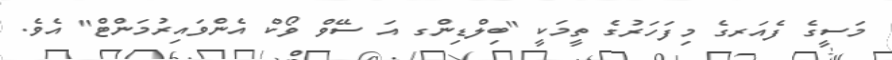
މަސީގެ ފެއަރގެ މިފަހަރުގެ ތީމަކީ "ބިލްޑިންގ އަ ސޭވް ވޯކް އެންވައިރުމަންޓް" އެވެ.